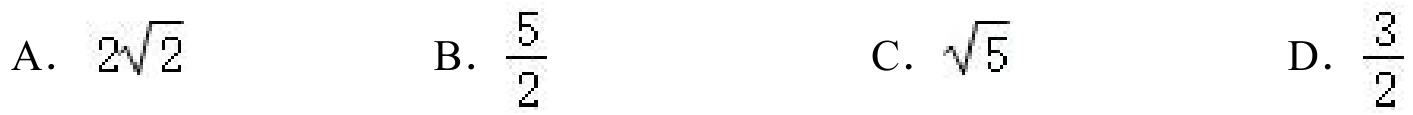
A. \(2\sqrt{2}\)  B. \(\frac{5}{2}\)  C. \(\sqrt{5}\)  D. \(\frac{3}{2}\)